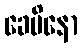
ခေမိနော